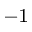
^ { - 1 }